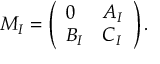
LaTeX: M _ { I } = \left( \begin{array} { l l } { { 0 } } & { { A _ { I } } } \\ { { B _ { I } } } & { { C _ { I } } } \end{array} \right) .